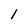
Character: 1